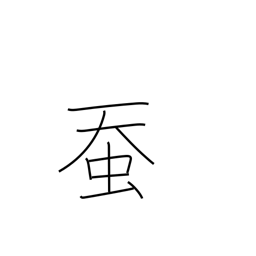
Meaning: silkworm